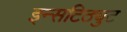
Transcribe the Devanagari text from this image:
इन्सटिठ्युट